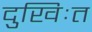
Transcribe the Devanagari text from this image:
दुखिःत